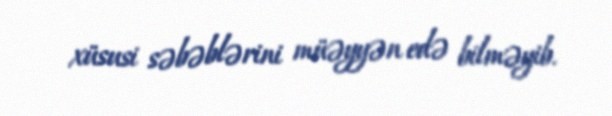
xüsusi səbəblərini müəyyən edə bilməyib.